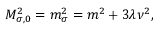
M _ { \sigma , 0 } ^ { 2 } = m _ { \sigma } ^ { 2 } = m ^ { 2 } + 3 \lambda \nu ^ { 2 } ,